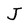
Character: J